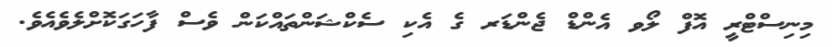
މިނިސްޓްރީ އޮފް ލޯވ އެންޑް ޖެންޑަރ ގެ އެކި ސެކްޝަންތައްކަން ވެސް ފާހަގަކޮށްލެވެއެވެ.